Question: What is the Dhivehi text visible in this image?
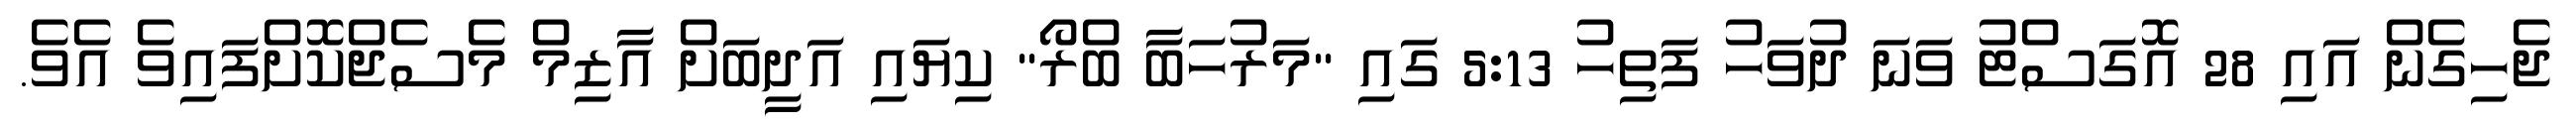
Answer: ޖެހިގެން އައި 28 އޮގަސްޓު ވަނަ ދުވަހު ފަތިހު 5:13 ގައި "މަރުހަބާ ބްރޯ" ކިޔައި އަދީބަށް އާޒިމް މެސެޖްކޮށްފައިވެ އެވެ.